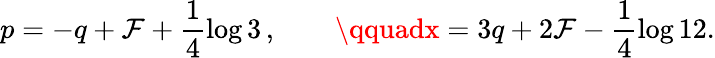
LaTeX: p=-q+\mathcal{F}+\frac{{1}}{{4}}\log3\, ,\qquad\qquadx=3q+2\mathcal{F}-\frac{{1}}{{4}}\log12.